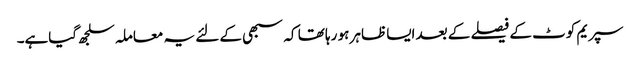
سپریم کوٹ کے فیصلے کے بعد ایسا ظاہر ہو رہا تھا کہ سبھی کے لئے یہ معاملہ سلجھ گیاہے۔